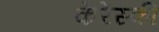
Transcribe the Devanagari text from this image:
केरेंस्की